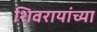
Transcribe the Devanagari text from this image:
शिवरायांच्या